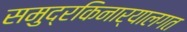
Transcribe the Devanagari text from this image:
समुद्रकिनार्‍यालगत